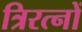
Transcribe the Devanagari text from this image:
त्रिरत्नों